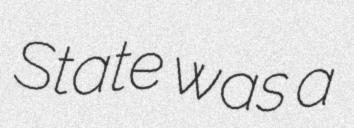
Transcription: State was a